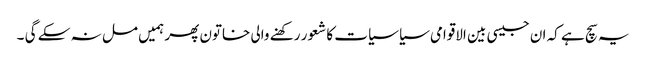
یہ سچ ہے کہ ان جیسی بین الاقوامی سیاسیات کا شعور رکھنے والی خاتون پھر ہمیں مل نہ سکے گی ۔